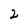
Character: 2